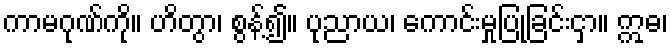
ကာမဂုဏ်ကို။ ဟိတွာ၊ စွန့်၍။ ပုညာယ၊ ကောင်းမှုပြုခြင်းငှာ။ ဣဓ၊